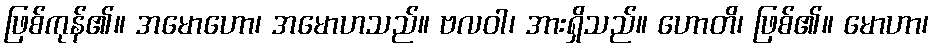
ဖြစ်ကုန်၏။ အမောဟော၊ အမောဟသည်။ ဗလဝါ၊ အားရှိသည်။ ဟောတိ၊ ဖြစ်၏။ မောဟာ၊